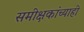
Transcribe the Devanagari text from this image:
समीक्षकांच्याही